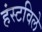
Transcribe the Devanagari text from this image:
हंस्टविले